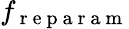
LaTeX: f_{\mathrm{~r~e~p~a~r~a~m~}}